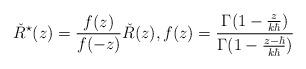
LaTeX: \begin{align*}\check R^\star(z)=\frac{f(z)}{f(-z)} \check R(z),f(z)=\frac{\Gamma(1-\frac{z}{k\hbar})}{\Gamma(1-\frac{z-\hbar}{k\hbar})}\end{align*}